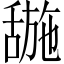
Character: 𬜌